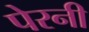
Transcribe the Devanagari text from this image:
पेरनी